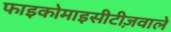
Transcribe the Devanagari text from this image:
फाइकोमाइसीटीज़वाले